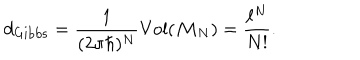
LaTeX: d _ { \mathrm { G i b b s } } = \frac { 1 } { ( 2 \pi \hbar ) ^ { N } } \mathrm { V o l } ( { \cal M } _ { N } ) = \frac { \ell ^ { N } } { N ! } .